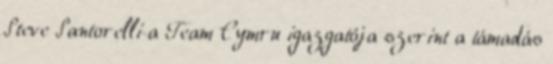
Steve Santorelli a Team Cymru igazgatója szerint a támadás